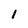
Character: 1